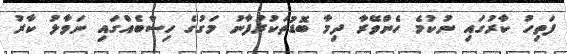
ފަތިހު ކާރުގައި ނުކުމެ ހެންވޭރާ ދިމާ ބޮޑުތަކުރުފާނު މަގުގެ ހިސާބެއްގައި ނަވާލު ކާރު